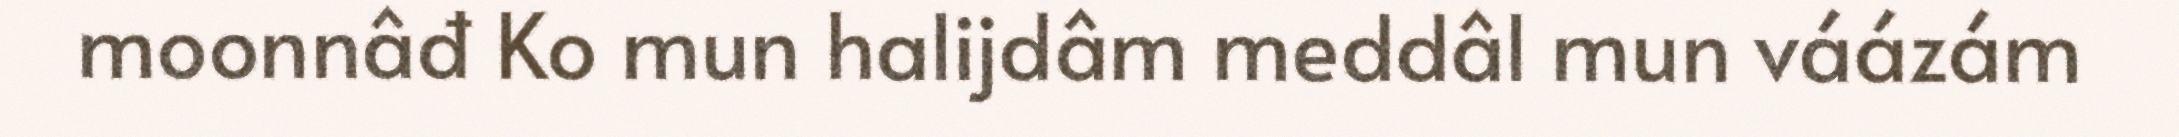
moonnâđ Ko mun halijdâm meddâl mun váázám